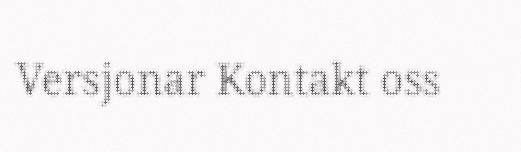
Versjonar Kontakt oss